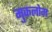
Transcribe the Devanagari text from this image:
मुकलोम